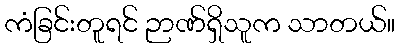
ကံခြင်းတူရင် ဉာဏ်ရှိသူက သာတယ်။